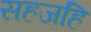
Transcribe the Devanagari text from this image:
सहजहि